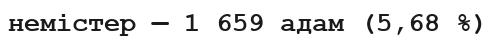
немістер — 1 659 адам (5,68 %)